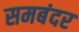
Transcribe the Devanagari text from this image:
समबंदर